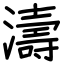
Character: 濤